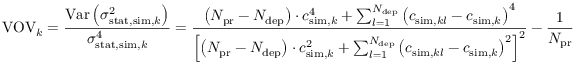
\operatorname { V O V } _ { k } = \frac { \operatorname { V a r } \left( \sigma _ { \mathrm { s t a t } , \mathrm { s i m } , k } ^ { 2 } \right) } { \sigma _ { \mathrm { s t a t } , \mathrm { s i m } , k } ^ { 4 } } = \frac { \left( N _ { \mathrm { p r } } - N _ { \mathrm { d e p } } \right) \cdot c _ { \mathrm { s i m } , k } ^ { 4 } + \sum _ { l = 1 } ^ { N _ { \mathrm { d e p } } } \left( c _ { \mathrm { s i m } , k l } - c _ { \mathrm { s i m } , k } \right) ^ { 4 } } { \left[ \left( N _ { \mathrm { p r } } - N _ { \mathrm { d e p } } \right) \cdot c _ { \mathrm { s i m } , k } ^ { 2 } + \sum _ { l = 1 } ^ { N _ { \mathrm { d e p } } } \left( c _ { \mathrm { s i m } , k l } - c _ { \mathrm { s i m } , k } \right) ^ { 2 } \right] ^ { 2 } } - \frac { 1 } { N _ { \mathrm { p r } } }